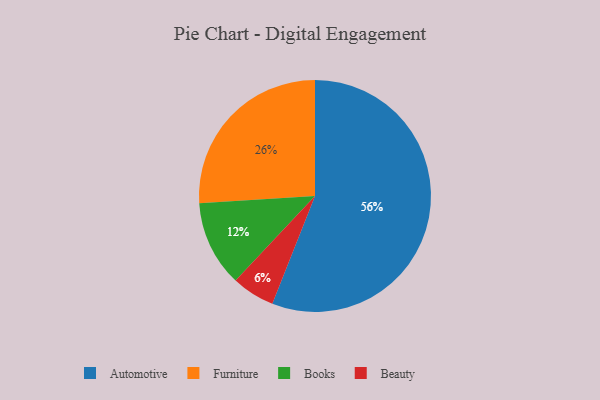
{"axis": {"x": "Category", "y": "Percentage"}, "legend": ["Automotive", "Beauty", "Books", "Furniture"], "data": [{"x": "Books", "y": 12, "type": "Books"}, {"x": "Furniture", "y": 26, "type": "Furniture"}, {"x": "Automotive", "y": 56, "type": "Automotive"}, {"x": "Beauty", "y": 6, "type": "Beauty"}]}